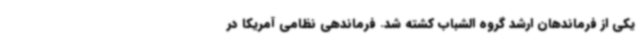
یکی از فرماندهان ارشد گروه الشباب کشته شد. فرماندهی نظامی آمریکا در